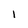
Character: l